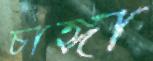
চাঙ্গা